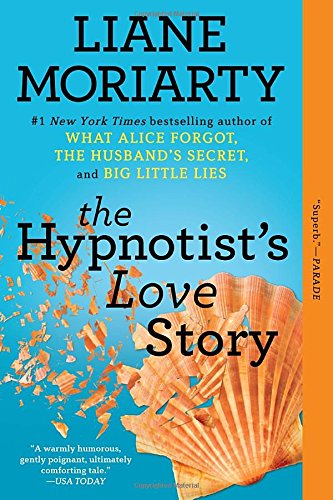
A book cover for The Hypnotist's Love Story: A Novel; Liane Moriarty; Literature & Fiction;